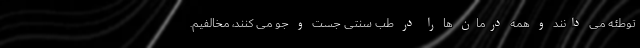
توطئه می دانند و همه درمان ها را در طب سنتی جست و جو می کنند، مخالفیم.